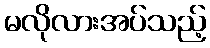
မလိုလားအပ်သည့်